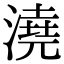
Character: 澆